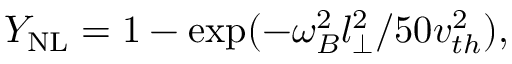
Y _ { \mathrm { { N L } } } = 1 - \exp ( - \omega _ { B } ^ { 2 } l _ { \bot } ^ { 2 } / 5 0 v _ { t h } ^ { 2 } ) ,